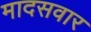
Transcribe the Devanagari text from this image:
मादसवार